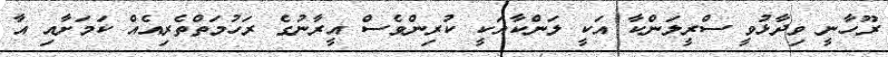
ރޫހާނީ ވިދާޅުވީ ސްރީލަންކާ އަކީ ލަންކާއަކީ ކުރިންވެސް އީރާނުގެ ރަހުމަތްތެރިއެއް ކަމަށާއި އާ